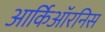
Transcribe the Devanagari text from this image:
आर्किऑरनिस